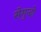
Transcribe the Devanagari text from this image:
सेगुन्दो